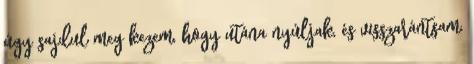
úgy sajdul meg kezem, hogy utána nyúljak, és visszarántsam,